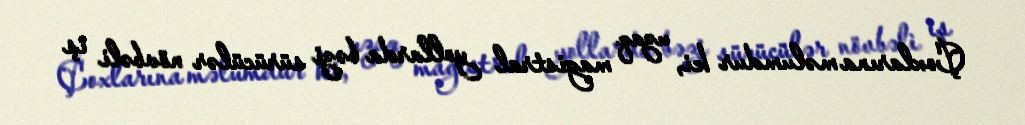
Çoxlarına məlumdur ki, uzaq magistral yollarda bəzi sürücülər növbəli iş